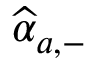
\widehat { \alpha } _ { a , - }